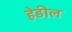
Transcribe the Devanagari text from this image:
हेडील